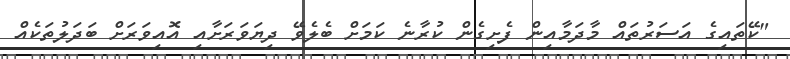
"ކޭތައިގެ އަސަރުތައް މާދަމާއިން ފެށިގެން ކުރާނެ ކަމަށް ބެލެވޭ ދިޔަވަރަށާއި އޮއިވަރަށް ބަދަލުތަކެއް